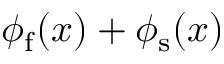
\phi _ { \mathrm { f } } ( x ) + \phi _ { \mathrm { s } } ( x )